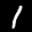
Label: 1